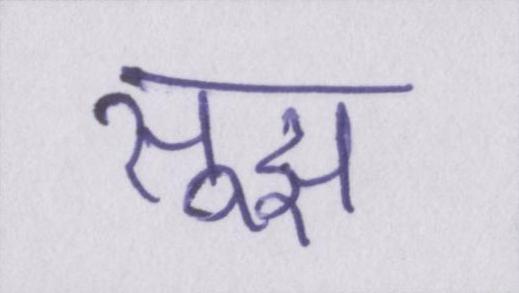
सूझ